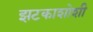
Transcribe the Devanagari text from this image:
झटकाशोशी